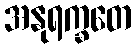
အနုရက္ခတေ